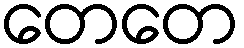
တေတေ